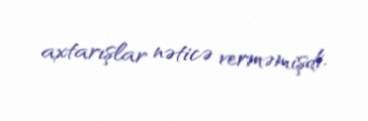
axtarışlar nəticə verməmişdi.